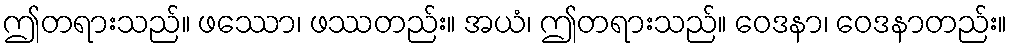
ဤတရားသည်။ ဖဿော၊ ဖဿတည်း။ အယံ၊ ဤတရားသည်။ ဝေဒနာ၊ ဝေဒနာတည်း။